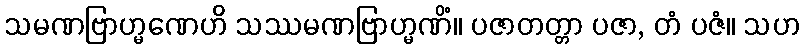
သမဏဗြာဟ္မဏေဟိ သဿမဏဗြာဟ္မဏိံ။ ပဇာတတ္တာ ပဇာ, တံ ပဇံ။ သဟ